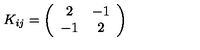
K _ { i j } = \left( \begin{array} { c c } { 2 } & { - 1 } \\ { - 1 } & { 2 } \\ \end{array} \right)